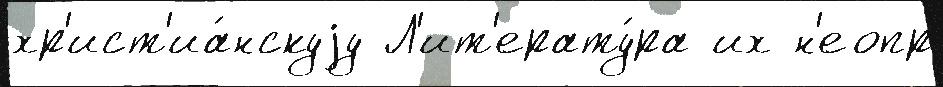
хр'ист'иа́нскуjу Л'ит'ерату́ра их н'еопр